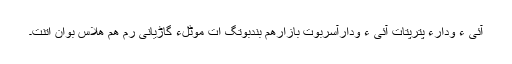
آئی ءَ ودارءِ پَتّرپتات آئی ءِ ودارآسربوت بازارھم بندبوتگ اَت موٹلءُُ گاڑیانی رَمّ ھم ھلاس بوان اِتنت۔